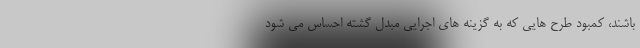
باشند، کمبود طرح هایی که به گزینه های اجرایی مبدل گشته احساس می شود